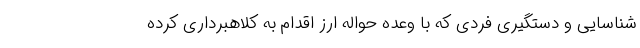
شناسایی و دستگیری فردی که با وعده حواله ارز اقدام به کلاهبرداری کرده